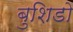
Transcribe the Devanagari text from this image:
बुशिडो